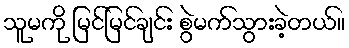
သူမကို မြင်မြင်ချင်း စွဲမက်သွားခဲ့တယ်။